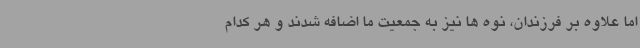
اما علاوه بر فرزندان، نوه ها نیز به جمعیت ما اضافه شدند و هر کدام